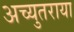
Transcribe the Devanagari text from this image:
अच्युतराया